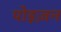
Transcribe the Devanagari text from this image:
पोइज़न